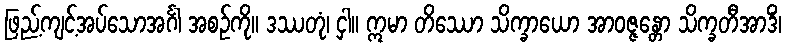
ဖြည့်ကျင့်အပ်သောအင်္ဂါ အစဉ်ကို။ ဒဿတုံ၊ ငှါ။ ဣမာ တိဿော သိက္ခာယော အာဝဇ္ဇန္တော သိက္ခတီအာဒိံ၊